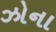
ઝોના